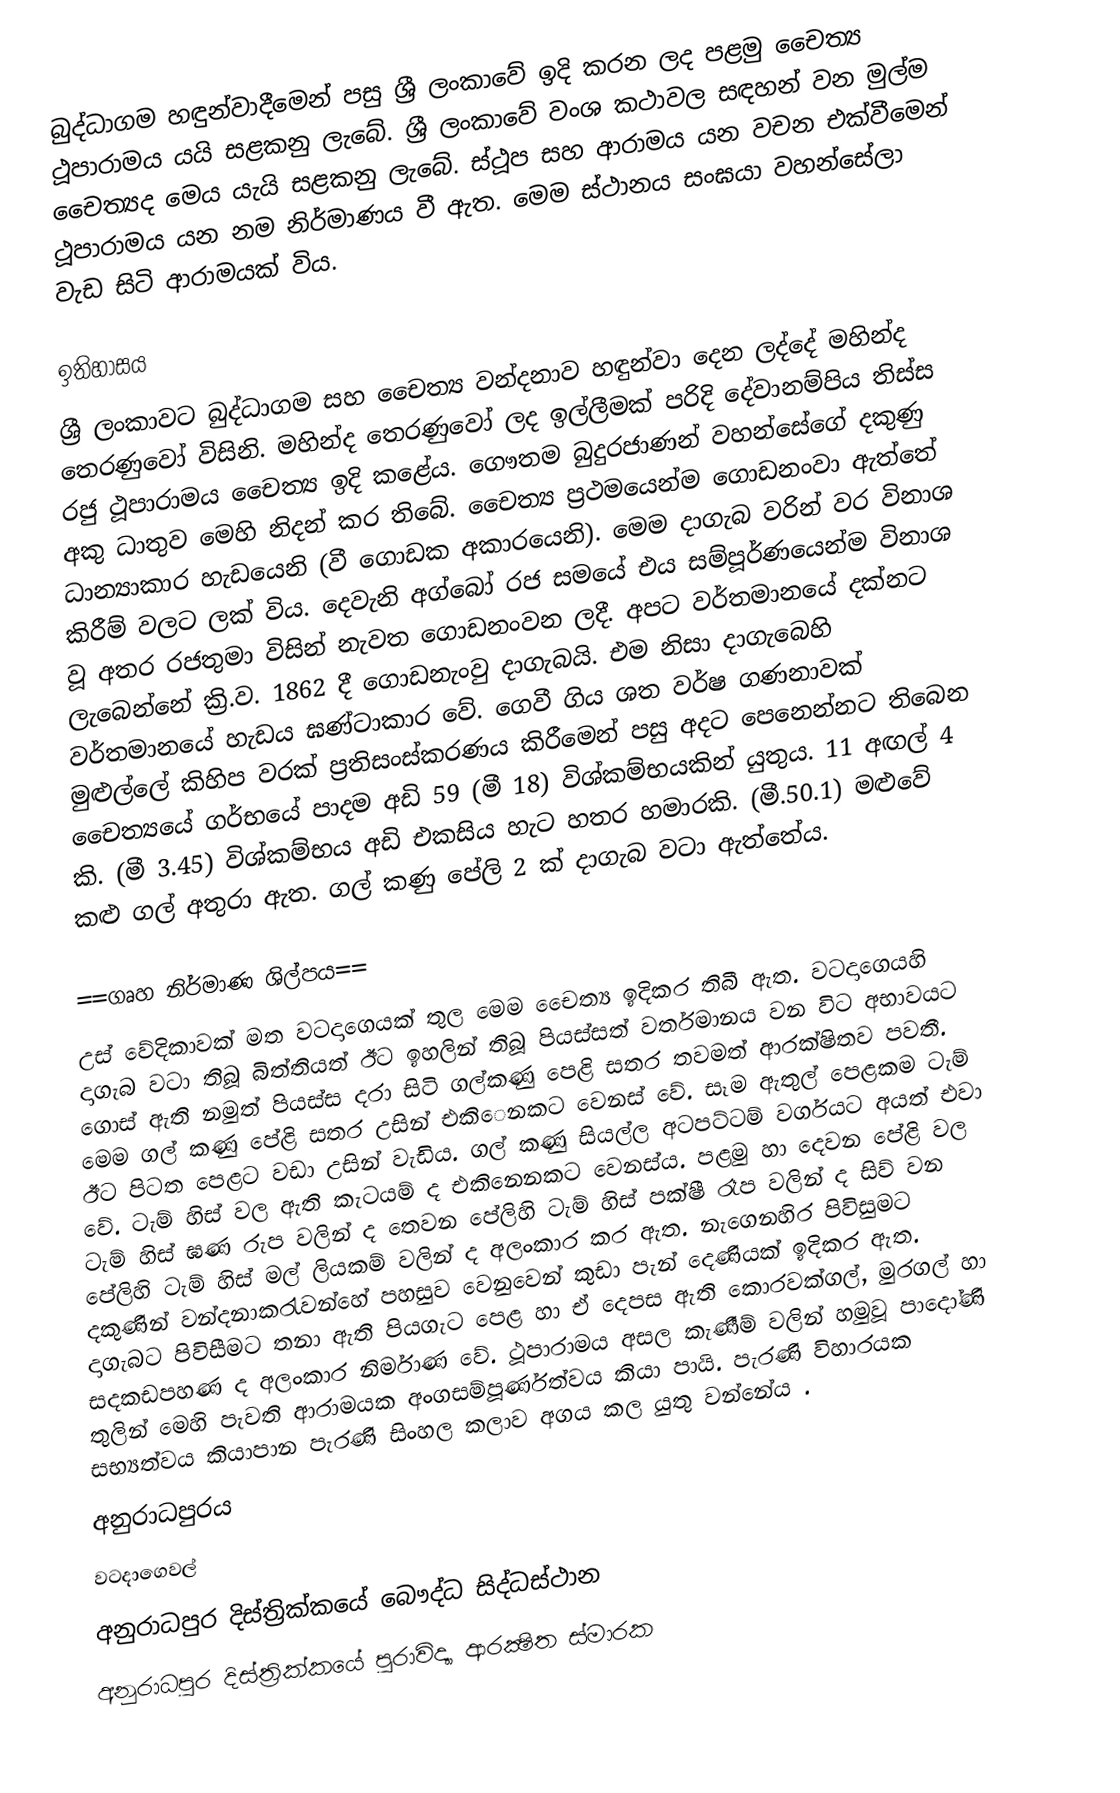
බුද්ධාගම හඳුන්වාදීමෙන් පසු ශ්‍රී ලංකා‍වේ ඉදි කරන ලද පළමු චෙෙත්‍ය ථූපාරාමය යයි සළකනු ලැ‍බේ. ශ්‍රී ලංකා‍වේ වංශ කථාවල සඳහන් වන මුල්ම ‍චෙෙත්‍යද ‍මෙය යැයි සළකනු ලැ‍බේ. ස්ථූප සහ ආරාමය යන වචන එක්වීමෙන් ථූපාරාමය යන නම නිර්මාණය වී ඇත. ‍මෙම ස්ථානය සංඝයා වහන්සේලා වැඩ සිටි ආරාමයක් විය.

ඉතිහාසය
ශ්‍රී ලංකාවට බුද්ධාගම සහ ‍චෙෙත්‍ය වන්දනාව හඳුන්වා ‍දෙන ලද්දේ මහින්ද තෙරණුවෝ විසිනි. මහින්ද තෙරණුවෝ ලද ඉල්ලීමක් පරිදි  දේවානම්පිය තිස්ස රජු ථූපාරාමය චෙෙත්‍ය ඉදි ක‍ළේය. ගෞතම බුදුරජාණන් වහන්සේගේ  දකුණු අකු ධාතුව ‍මෙහි නිදන් කර ති‍බේ. චෙෙත්‍ය ප්‍රථමයෙන්ම ගොඩනංවා ඇත්තේ ධාන්‍යාකාර හැඩයෙනි (වී ‍ගොඩක අකාර‍යෙනි). ‍මෙම දාගැබ වරින් වර විනාශ කිරීම් වලට ලක් විය. ‍දෙවැනි අග්බෝ රජ සම‍යේ එය සම්පූර්ණ‍යෙන්ම විනාශ වූ අතර රජතුමා විසින් නැවත ‍ගොඩනංවන ලදී. අපට වර්තමාන‍යේ දක්නට ලැබෙන්නේ ක්‍රි.ව. 1862 දී ‍ගොඩනැංවු දාගැබයි. එම නිසා දාගැබෙහි වර්තමානයේ හැඩය ඝණ්ටාකාර වේ. ‍ගෙවී ගිය ශත වර්ෂ ගණනාවක් මුළුල්ලේ කිහිප වරක් ප්‍රතිසංස්කරණය කිරීමෙන් පසු අදට ‍පෙනෙන්නට තිබෙන ‍චෙෙත්‍යයේ  ගර්භ‍යේ පාදම අඩි 59 (මී 18) විශ්කම්භයකින් යුතුය. 11 අඟල් 4 කි. (මී 3.45) විශ්කම්භය අඩි එකසිය හැට හතර හමාරකි. (මී.50.1) මළුවේ කළු ගල් අතුරා ඇත. ගල් කණු ‍පේලි 2 ක් දාගැබ වටා ඇත්තේය.

       ==ගෘහ නිර්මාණ ශිල්පය==
උස් වේදිකාවක් මත වටදාගෙයක් තුල මෙම චෙෙත්‍ය ඉදිකර තිබී ඇත. වටදාගෙයහි දාගැබ වටා තිබූ බිත්තියත් ඊට ඉහලින් තිබූ පියස්සත් වර්තමානය වන විට අභාවයට ගොස් ඇති නමුත් පියස්ස දරා සිටි ගල්කණු පෙළි සතර තවමත් ආරක්ෂිතව පවතී. මෙම ගල් කණු පේළි සතර උසින් එකිෙනකට වෙනස් වේ. සෑම ඇතුල් පෙළකම ටැම් ඊට පිටත පෙළට වඩා උසින් වැඩිය. ගල් කණු සියල්ල අටපට්ටම් වර්ගයට අයත් එවා වේ. ටැම් හිස් වල ඇති කැටයම් ද එකිනෙනකට වෙනස්ය. පළමු හා දෙවන පේළි වල ටැම් හිස් ඝණ රුප වලින් ද තෙවන පේලිහි ටැම් හිස් පක්ෂී රෑප වලින් ද සිව් වන පේලිහි ටැම් හිස් මල් ලියකම් වලින් ද අලංකාර කර ඇත. නැගෙනහිර පිවිසුමට දකුණින් වන්දනාකරැවන්හේ පහසුව වෙනුවෙන් කුඩා පැන් දෙණියක් ඉදිකර ඇත. දාගැබට පිවිසීමට තනා ඇති පියගැට පෙළ හා ඒ දෙපස ඇති කොරවක්ගල්, මුරගල් හා සදකඩපහණ ද අලංකාර නිර්මාණ වේ. ථූපාරාමය අසල කැණීම් වලින් හමුවූ පාදෝණි තුලින් මෙහි පැවති ආරාමයක අංගසම්පූර්ණත්වය කියා පායි. පැරණි විහාරයක සභ්‍යත්වය කියාපාන  පැරණි සිංහල කලාව අගය කල යුතු වන්නේය .
අනුරාධපුරය
වටදාගෙවල්
අනුරාධපුර දිස්ත්‍රික්කයේ බෞද්ධ සිද්ධස්ථාන
අනුරාධපුර දිස්ත්‍රික්කයේ පුරාවිද්‍යා ආරක්‍ෂිත ස්මාරක